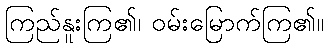
ကြည်နူးကြ၏၊ ဝမ်းမြောက်ကြ၏။